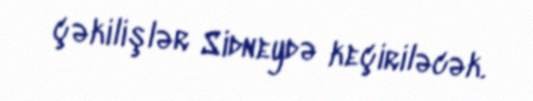
çəkilişlər Sidneydə keçiriləcək.